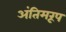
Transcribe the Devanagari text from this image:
अंतिमरूप